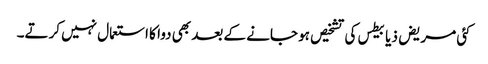
کئی مریض ذیابیطس کی تشخیص ہو جانے کے بعد بھی دوا کا استعمال نہیں‌ کرتے۔